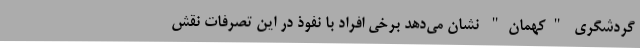
گردشگری "کهمان" نشان می‌دهد برخی افراد با نفوذ در این تصرفات نقش